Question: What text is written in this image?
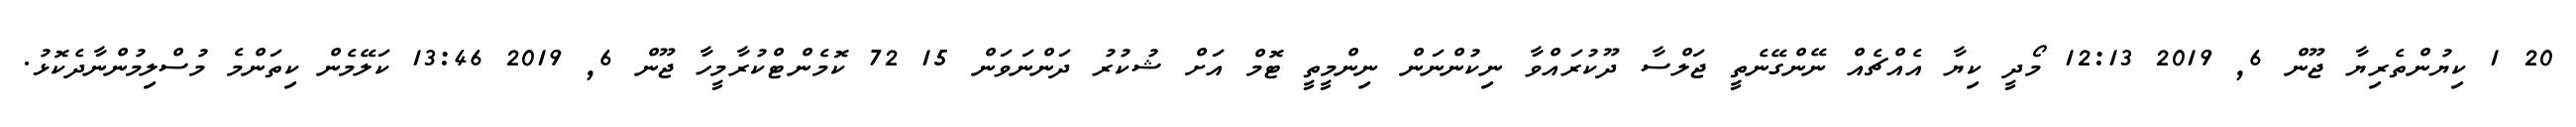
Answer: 20 1 ކިޔުންތެރިޔާ ޖޫން 6, 2019 12:13 މޯދީ ކިޔާ އެއްޗެއް ނޭންގޭނެތީ ޖަލްސާ ދޫކުރައްވާ ނިކުންނަން ނިންމީތީ ޓޮމް އަށް ޝުކުރު ދަންނަވަން 15 72 ކޮމެންޓްކުރާމީހާ ޖޫން 6, 2019 13:46 ކަލޭމެން ކިތަންމެ މުސްލިމުންނާދެކޮޅު.